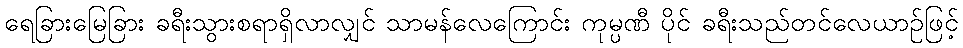
ရေခြားမြေခြား ခရီးသွားစရာရှိလာလျှင် သာမန်လေကြောင်း ကုမ္ပဏီ ပိုင် ခရီးသည်တင်လေယာဉ်ဖြင့်